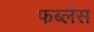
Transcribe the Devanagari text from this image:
फब्लेस